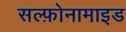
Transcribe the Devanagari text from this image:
सल्फ़ोनामाइड